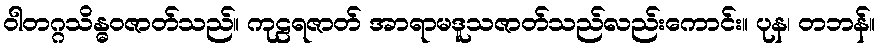
ဝါတဂ္ဂသိန္ဓဝဇာတ်သည်။ ကုဠရဇာတ် အာရာမဒူသဇာတ်သည်လည်းကောင်း။ ပုန၊ တဘန်။